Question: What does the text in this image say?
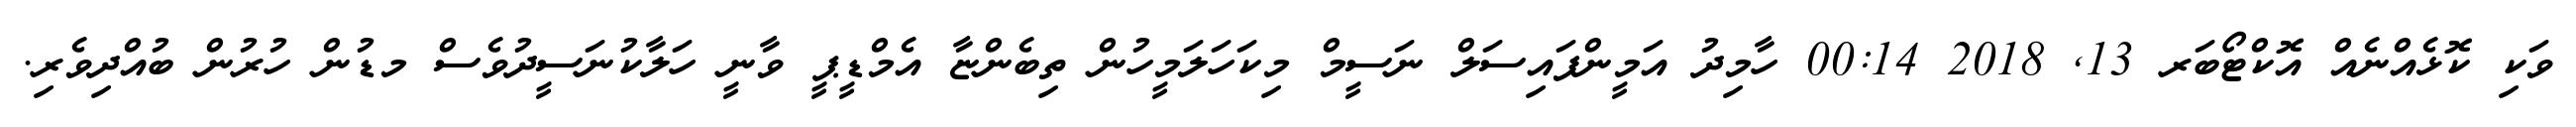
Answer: ވަކި ކޮޅެއްނެއް އޮކްޓޯބަރ 13, 2018 00:14 ހާމިދު އަމީންފައިސަލް ނަސީމް މިކަހަލަމީހުން ތިބެންޏާ އެމްޑީޕީ ވާނީ ހަލާކުނަސީދުވެސް މޑުން ހުރުން ބުއްދިވެރި.